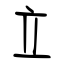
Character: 立